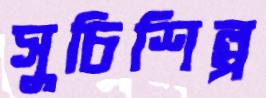
সুচিশিল্প